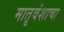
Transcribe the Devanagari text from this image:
मातृवंशाचा